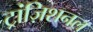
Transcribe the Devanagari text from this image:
ट्रांज़िशनल